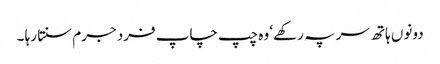
دونوں ہاتھ سر پہ رکھے‘ وہ چپ چاپ فرد جرم سنتا رہا ۔